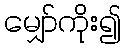
မျှော်ကိုး၍